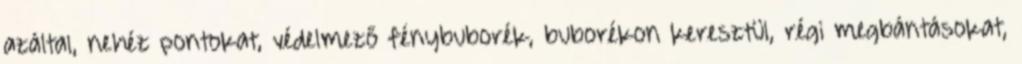
azáltal, nehéz pontokat, védelmező fénybuborék, buborékon keresztül, régi megbántásokat,